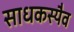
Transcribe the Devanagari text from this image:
साधकस्यैव